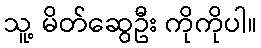
သူ့ မိတ်ဆွေဦး ကိုကိုပါ။